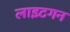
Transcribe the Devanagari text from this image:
लाइटगन